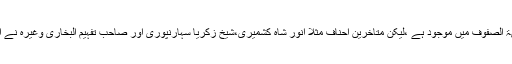
امام ابو حنیفہؒ کا قول کتاب الاثار از امام محمد باب تسویۃ الصفوف میں موجود ہے ،لیکن متأخرین احناف مثلاً انور شاہ کشمیری،شیخ زکریا سہارنپوری اور صاحب تفہیم البخاری وغیرہ نے اس میں وارد صریح حدیث کے خلاف اپنی رائے دی ہے۔